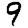
Digit: 9